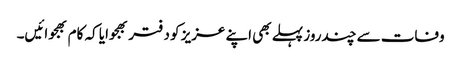
وفات سے چندروز پہلے بھی اپنے عزیز کو دفتر بھجوایا کہ کام بھجوائیں۔